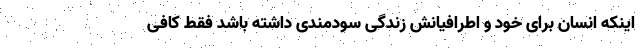
اینکه انسان برای خود و اطرافیانش زندگی سودمندی داشته باشد فقط کافی